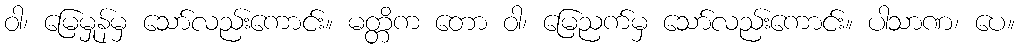
ဝါ၊ မြေမှုန်မှ သော်လည်းကောင်း။ မတ္တိက တော ဝါ၊ မြေညက်မှ သော်လည်းကောင်း။ ပါသာဏ၊ ပေ။